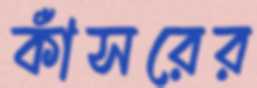
কাঁসরের